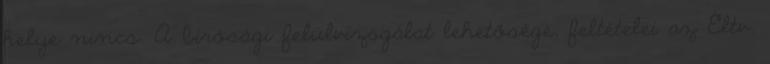
helye nincs. A bírósági felülvizsgálat lehetősége, feltételei az Éltv.